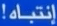
انتباه!